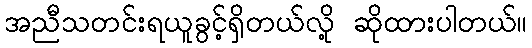
အညီသတင်းရယူခွင့်ရှိတယ်လို့ ဆိုထားပါတယ်။